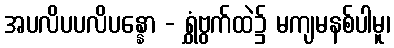
အပလိပပလိပန္နော - ရွှံဗွက်ထဲ၌ မကျမနစ်ပါမူ၊